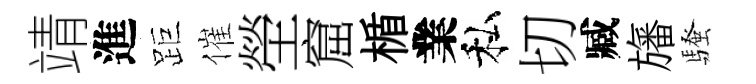
靖進距催塋窟楯業私切臧旛騷